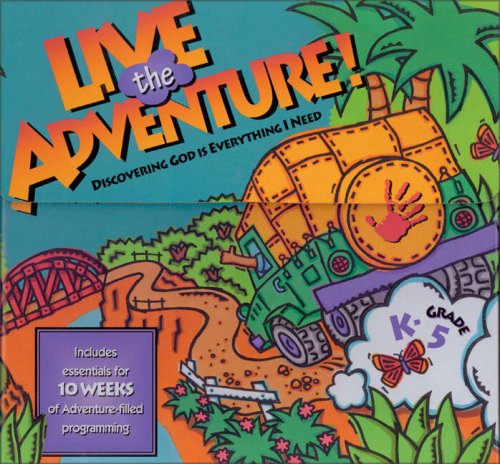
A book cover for Live the Adventure; Willow Creek Association; Christian Books & Bibles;